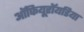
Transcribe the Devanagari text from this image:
ऑफियूरॉयडिया